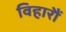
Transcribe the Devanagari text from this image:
विहारौं